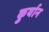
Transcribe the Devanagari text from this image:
कुर्यान